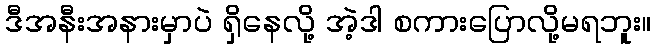
ဒီအနီးအနားမှာပဲ ရှိနေလို့ အဲ့ဒါ စကားပြောလို့မရဘူး။